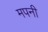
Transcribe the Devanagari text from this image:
मपनी